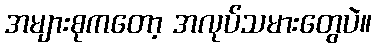
အများစုကတော့ အလုပ်သမားတွေပဲ။